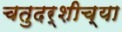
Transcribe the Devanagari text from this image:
चतुदर्शीच्या